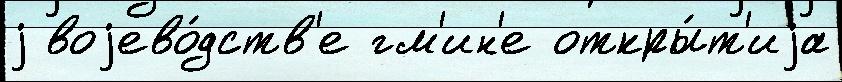
j воjево́дств'е гм'ин'е откры́т'иjа